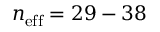
n _ { \mathrm { e f f } } = 2 9 - 3 8